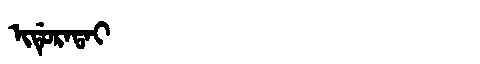
Manchu: ᡳᡩᡠᡵᠠᡨᠠᡳ
Romanization: IDURATAI